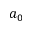
a _ { 0 }